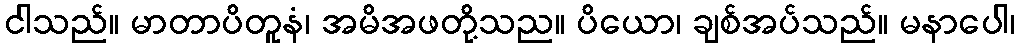
ငါသည်။ မာတာပိတူနံ၊ အမိအဖတို့သည။ ပိယော၊ ချစ်အပ်သည်။ မနာပေါ၊